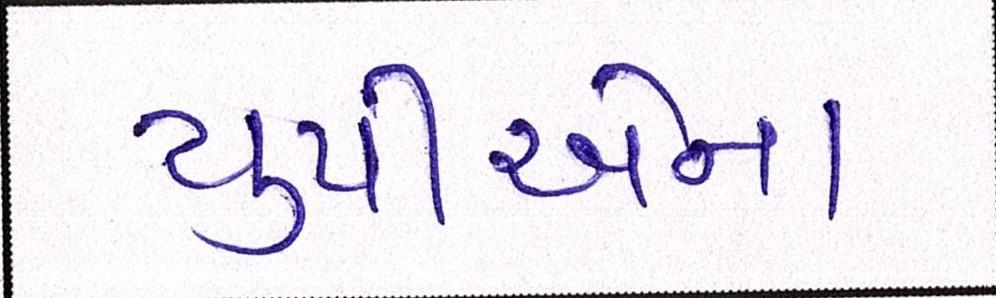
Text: યુપીએના